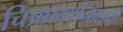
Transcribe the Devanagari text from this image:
चित्रप्रदर्शनातही